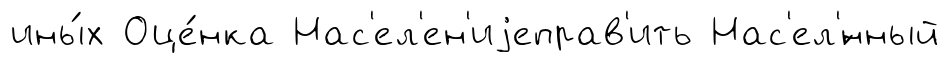
ины́х Оце́нка Нас'ел'ен'иjеправ'ить Нас'ел'́нный